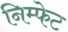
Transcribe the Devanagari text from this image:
निम्फेट